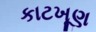
કાટખૂણ